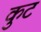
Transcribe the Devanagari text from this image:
कुटं